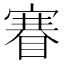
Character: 𥈽